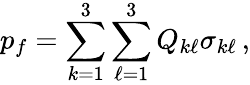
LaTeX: p_{f}=\sum_{k=1}^{3}\sum_{\ell=1}^{3}Q_{k\ell}\sigma_{k\ell}\, ,